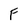
Character: F